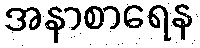
အနာစာရေန